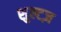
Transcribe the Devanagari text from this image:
शुल्टज़